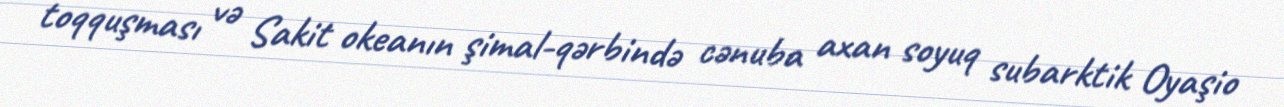
toqquşması və Sakit okeanın şimal-qərbində cənuba axan soyuq subarktik Oyaşio